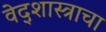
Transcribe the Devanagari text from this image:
वेद्शास्त्राचा